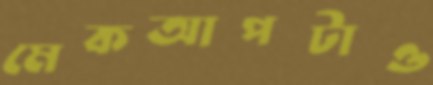
মেকআপটাও